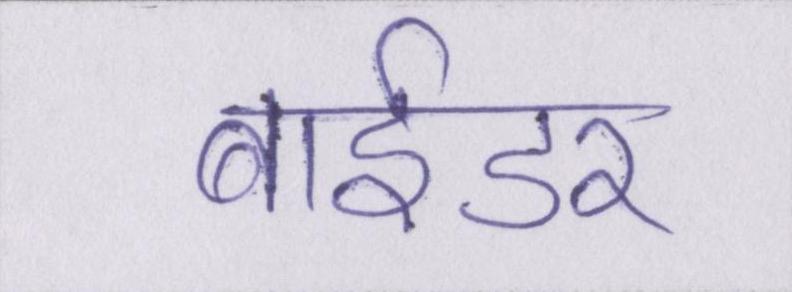
बाईडर